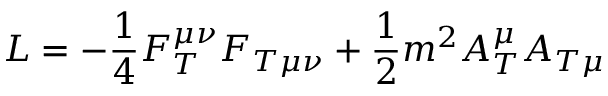
{ \cal L } = - \frac 1 4 F _ { T } ^ { \mu \nu } F _ { T \mu \nu } + \frac 1 2 m ^ { 2 } A _ { T } ^ { \mu } A _ { T \mu }